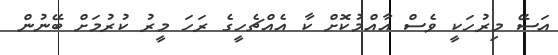
އަސޭ މިރުހަކީ ވެސް އާއްމުކޮށް ކާ އެއްޗެހީގެ ރަހަ މީރު ކުރުމަށް ބޭނުން